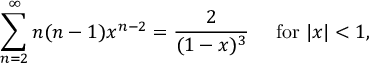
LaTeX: \sum _ { n = 2 } ^ { \infty } n ( n - 1 ) x ^ { n - 2 } = { \frac { 2 } { ( 1 - x ) ^ { 3 } } } \quad { \mathrm { ~ f o r ~ } } | x | < 1 ,